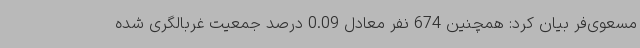
مسعوی‌فر بیان کرد: همچنین 674 نفر معادل 0.09 درصد جمعیت غربالگری شده